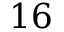
1 6